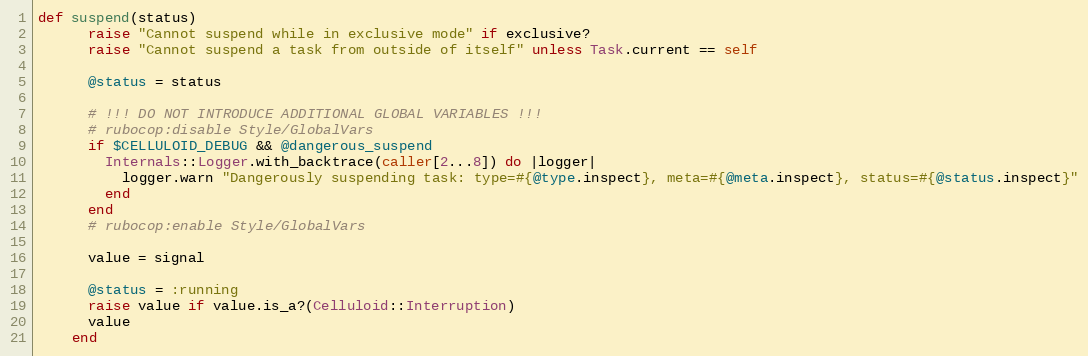
Language: Ruby
def suspend(status)
      raise "Cannot suspend while in exclusive mode" if exclusive?
      raise "Cannot suspend a task from outside of itself" unless Task.current == self

      @status = status

      # !!! DO NOT INTRODUCE ADDITIONAL GLOBAL VARIABLES !!!
      # rubocop:disable Style/GlobalVars
      if $CELLULOID_DEBUG && @dangerous_suspend
        Internals::Logger.with_backtrace(caller[2...8]) do |logger|
          logger.warn "Dangerously suspending task: type=#{@type.inspect}, meta=#{@meta.inspect}, status=#{@status.inspect}"
        end
      end
      # rubocop:enable Style/GlobalVars

      value = signal

      @status = :running
      raise value if value.is_a?(Celluloid::Interruption)
      value
    end